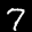
Label: 7